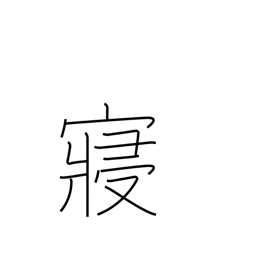
Meaning: bed chamber